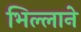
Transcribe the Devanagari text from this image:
भिल्लाने